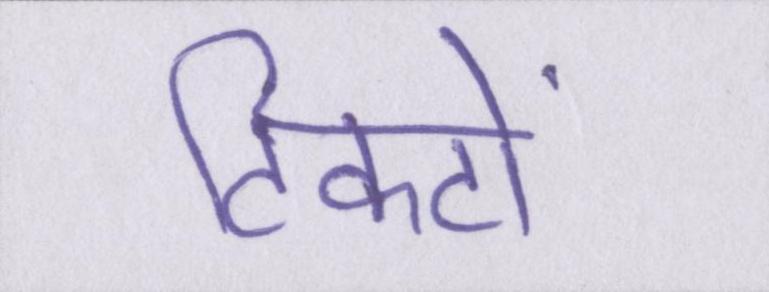
टिकटों